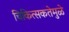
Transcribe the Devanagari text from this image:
चिकित्सकतेमुळे